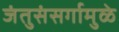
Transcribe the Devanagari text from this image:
जंतुसंसर्गामुळे